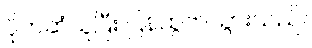
ပိုက်ဆံယူပြီး ပြန်ထွက်သွားသည်။